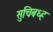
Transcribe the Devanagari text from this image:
सुचिबध्ह